Sketch of the medical history of the native army of Bombay, for the year
Year: 1872
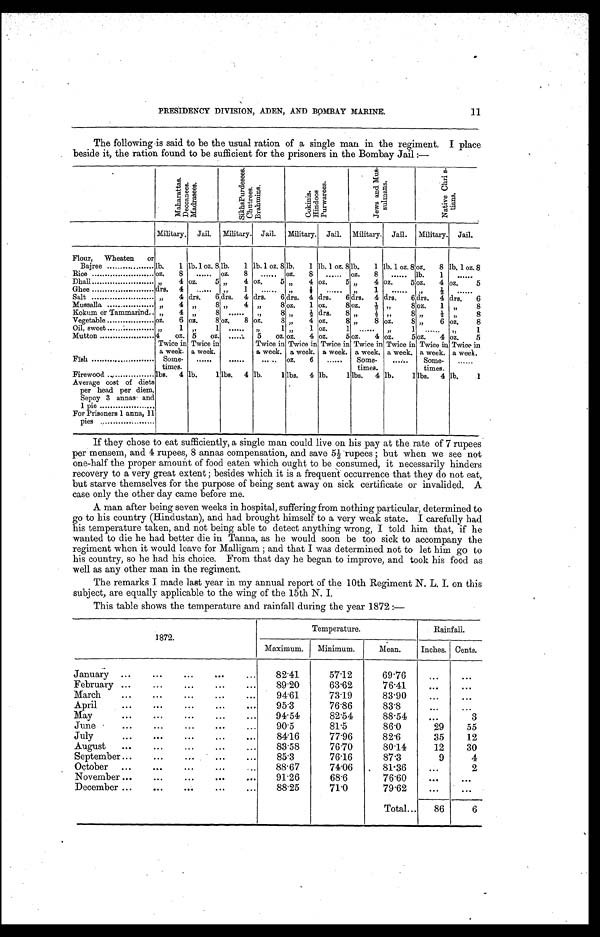
11
PRESIDENCY DIVISION, ADEN, AND BOMBAY MARINE.
The following is said to be the usual ration of a single man in the regiment. I place
beside it, the ration found to be sufficient for the prisoners in the Bombay Jail :—
M a h a r a t t a s . D e c c a n e e s . M a d r a s e e s .
S i k h s P u r d e s e e s . C h u t r e e s . B r a h m i n s .
C o k i n i s . H i n d o o s . P u r w a r e e s .
J e w s a n d M u s - s u l m a n s .
N a t i v e C h r i s - t i a n s .
Military.
Jail.
Military.
Jail.
Military.
Jail.
Military.
Jail.
Military.
Jail.
Flour, Wheaten or
Bajree . . .
lb,
1 lb. 1 oz. 8 lb.
1 lb. 1 oz. 8 lb.
1 lb. 1 oz.8
lb. 1
1
l b . 1 oz. 8 oz.
8 lb. 1 oz. 8
Rice . . .
oz.
8 . . .
oz.
8
. . .
oz.
8
. . .
oz.
8
. . .
lb.
1
. . .
Dhall . . .
"
4 oz.
5 "
4 oz.
5 "
4 oz.
5 "
4 oz.
5 oz.
4 oz.
5
Ghee . . .
drs.
4 . . .
"
1
. . .
"
½
. . .
"
1
. . .
"
½
. . .
Salt . . .
"
4 drs.
6 drs.
4 drs.
6 drs.
4 drs.
6 drs.
4 drs.
6 drs.
4 drs.
6
Mussalla . . .
"
4 "
8 "
4 "
8 oz.
1 oz.
8 oz.
½ "
8 oz.
1
"
8
Kokum or Tammarind . . .
"
4 "
8
. . .
"
8 "
½ drs.
8 "
½ "
8 "
½
"
8
Vegetable . . .
oz.
6 oz.
8 oz.
8 oz.
8 "
4 oz.
8 "
8 oz.
8 "
6 oz.
8
Oil, sweet . . .
"
1 "
1
. . .
"
1 "
1 oz.
1
. . .
"
1
. . .
"
1
Mutton . . .
4
oz. 5
oz.
. . .
5
oz. oz.
4 oz.
5 oz.
4 oz.
5 oz.
4 oz.
5
Twice in
a week.
Twice in
a week.
Twice in
a week.
Twice in
a week.
Twice in
a week.
Twice in
a week.
Twice in
a week.
Twice in
a week.
Twice in
a week.
Fish . . .
Some-
times.
. . .
. . . . . .
oz.
6 . . .
Some-
times.
. . .
Some-
times.
. . .
Firewood . . .
lbs.
4 lb.
1 lbs.
4 lb.
1 lbs.
4 lb.
1 lbs.
4 lb.
1 lbs.
4 lb.
1
Average cost of diets
per head per diem,
Sepoy 3 annas and
1 pie . . .
For Prisoners 1 anna, 11
pies . . .
If they chose to eat sufficiently, a single man could live on his pay at the rate of 7 rupees
per mensem, and 4 rupees, 8 annas compensation, and save 5½ rupees; but when we see not
one-half the proper amount of food eaten which ought to be consumed, it necessarily hinders
recovery to a very great extent; besides which it is a frequent occurrence that they do not eat,
but starve themselves for the purpose of being sent away on sick certificate or invalided. A
case only the other day came before me.
A man after being seven weeks in hospital, suffering from nothing particular, determined to
go to his country (Hindustan), and had brought himself to a very weak state. I carefully had
his temperature taken, and not being able to detect anything wrong, I told him that, if he
wanted to die he had better die in Tanna, as he would soon be too sick to accompany the
regiment when it would leave for Malligam; and that I was determined not to let him go to
his country, so he had his choice. From that day he began to improve, and took his food as
well as any other man in the regiment.
The remarks I made last year in my annual report of the 10th Regiment N. L. I. on this
subject, are equally applicable to the wing of the 15th N. I.
This table shows the temperature and rainfall during the year 1872:—
1872.
Temperature.
Rainfall.
M a x i m u m . Mi
nimum.
Mean.
Inches. Cents.
J a n u a r y . . .
82.41
57.12
69.76
. . .
. . .
February . . .
89.20
63.62
76.41
. . .
. . .
March . . .
94.61
73.19
83.90
. . .
. . .
April . . .
95.3
76.86
83.8
. . .
. . .
May . . .
94.54
82.54
88.54
. . .
3
June . . .
90.5
81.5
86.0
29
55
July . . .
84.16
77.96
82.6
35
12
August . . .
83.58
76.70
80.14
12
30
September . . .
85.3
76.16
87.3
9
4
October . . .
88.67
74.06
81.36
. . .
2
November . . .
91.26
68.6
76.60
. . .
. . .
December . . .
88.25
71.0
79.62
. . .
. . .
Total . . .
86
6